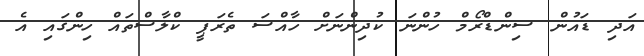
އަދި ޑައުން ސިންޑްރޯމް ހުންނަ ކުދިންނަށް ހާއްސަ ތެރަޕީ ކްލާސްތައް ހިންގައި އެ